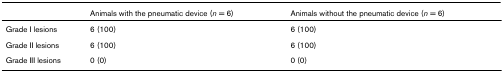
<table><thead><tr><td></td><td><b>Animals with the pneumatic device (<i>n </i>= 6)</b></td><td><b>Animals without the pneumatic device (<i>n </i>= 6)</b></td></tr></thead><tbody><tr><td>Grade I lesions</td><td>6 (100)</td><td>6 (100)</td></tr><tr><td>Grade II lesions</td><td>6 (100)</td><td>6 (100)</td></tr><tr><td>Grade III lesions</td><td>0 (0)</td><td>0 (0)</td></tr></tbody></table>